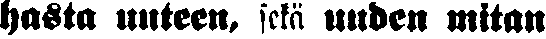
hasta uuteen, sekä uuden mitan